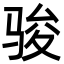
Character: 骏